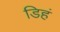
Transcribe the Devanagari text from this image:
डिहं